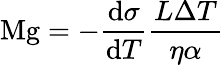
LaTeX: \mathrm{Mg}=-{\frac{\mathrm{d}\sigma}{\mathrm{d}T}}{\frac{L\Delta T}{\eta\alpha}}